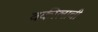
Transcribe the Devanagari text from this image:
वकीलाची